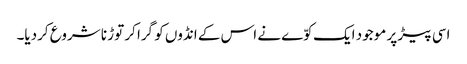
اسی پیڑ پر موجود ایک کوّے نے اس کے انڈوں کو گرا کر توڑ نا شروع کردیا۔